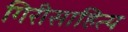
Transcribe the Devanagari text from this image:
गिरीसाहित्य